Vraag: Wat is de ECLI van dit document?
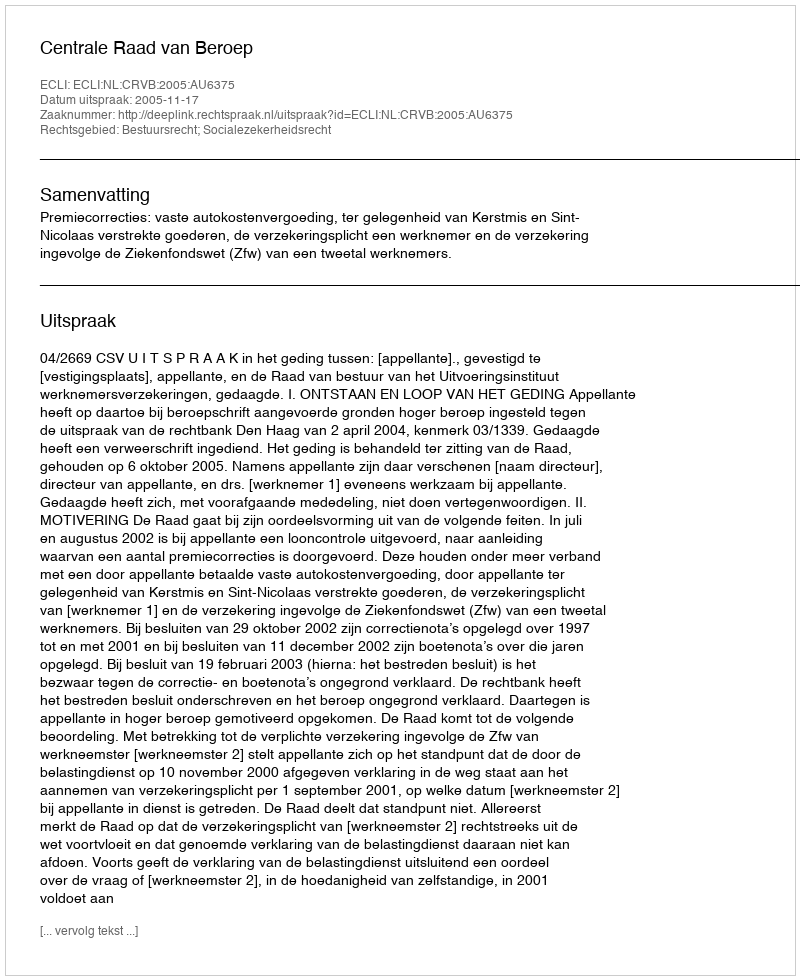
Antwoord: ECLI:NL:CRVB:2005:AU6375